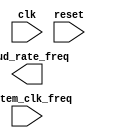
module baud_rate_generator (
  input wire clk,
  input wire reset,
  input wire system_clk_freq,
  output reg baud_rate_freq
);
  // Implementation not provided
endmodule